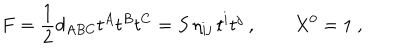
F = { \frac { 1 } { 2 } } d _ { A B C } t ^ { A } t ^ { B } t ^ { C } = S \, \eta _ { i j } \, t ^ { i } t ^ { j } \ , \qquad X ^ { 0 } = 1 \ ,